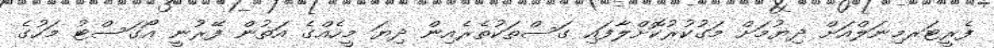
ފެރީޓަރމިނަލްއަށް ދިޔުމަށް މަގުކުރުކޮށްލާފައި ގަސްތަކުތެރެއިން ދިޔަ މީހެއްގެ އަތުން ފޭރުނީ އޯގަސްޓު މަހުގެ